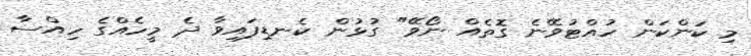
މި ކަންކަން ހުއްޓުވޭނެ ގޮތެއް ނޯވޭ" ގުޅުން ކެނޑިފައިވާ ދެ މީހެއްގެ ހިއްސާ